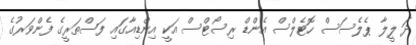
ދަ ލީލާ ޕެލެސަސް ހޮޓެލްސް އެންޑް ރިސޯޓްސް އަކީ އިންޑިއާގައި ފަސްތަރީގެ ފެންވަރުގެ